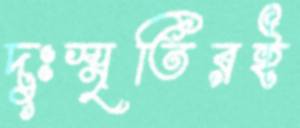
দুঃস্মৃতিরই